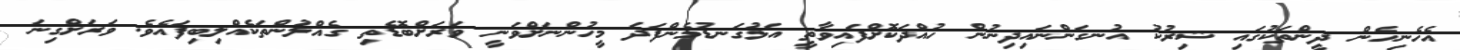
އެހެނިހެން ދީންތަކުގައި ޝިރުކު އުނގަންނައިދިނުން ހުއްދަކޮށްފައިވާތީ އަޅުގަނޑުމެންފަދަ މީހުންނަށްވަނީ ވަރަށްބޮޑެތި ގެއްލުންތަކެއްލިބިފައެވެ. ވަރަށްގިނަ